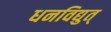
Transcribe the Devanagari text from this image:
धनविद्युत्